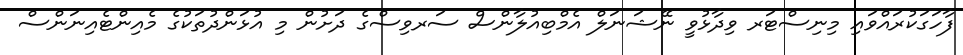
ފާހަގަކުރައްވައި މިނިސްޓަރ ވިދާޅުވީ ނޭޝަނަލް އެމްބިއުލާންސް ސަރވިސްގެ ދަށުން މި އުޅަންދުތަކުގެ މެއިންޓެއިނަންސް